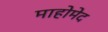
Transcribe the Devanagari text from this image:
माहोमेद